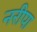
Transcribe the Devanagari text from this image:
नरीपा